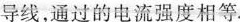
导线，通过的电流强度相等。